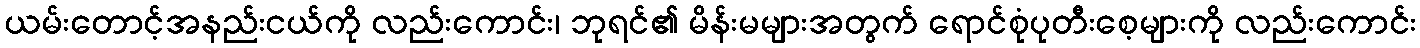
ယမ်းတောင့်အနည်းငယ်ကို လည်းကောင်း၊ ဘုရင်၏ မိန်းမများအတွက် ရောင်စုံပုတီးစေ့များကို လည်းကောင်း